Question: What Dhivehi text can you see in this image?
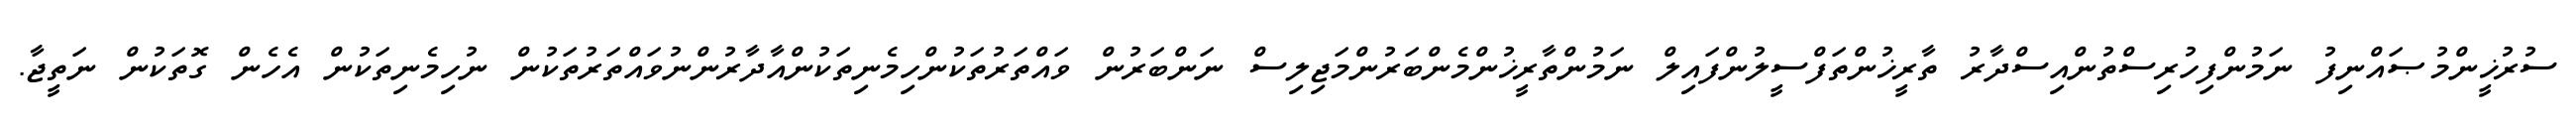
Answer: ސުރުޚީންމުޞައްނިފު ނަމުންފިހުރިސްތުންއިސްދާރު ތާރީޚުންތަފްސީލުންފައިލް ނަމުންތާރީޚުންމެންބަރުންމަޖިލިސް ނަންބަރުން ވައްތަރުތަކުންހިމެނިތަކުންއާދާރުންނުވައްތަރުތަކުން ނުހިމެނިތަކުން އެހެން ގޮތަކުން ނަތީޖާ.